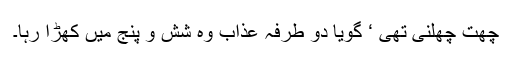
چھت چھلنی تھی ‘ گویا دو طرفہ عذاب وہ شش و پنج میں کھڑا رہا۔